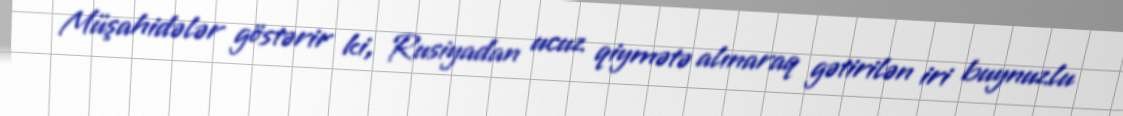
Müşahidələr göstərir ki, Rusiyadan ucuz qiymətə alınaraq gətirilən iri buynuzlu